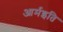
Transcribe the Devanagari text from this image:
आर्मइति